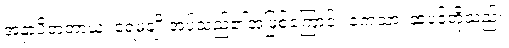
အနှာပိတတာယ၊ ရေမချိုးအပ်သည်၏အဖြစ်ကြောင့်။ ကေသာ၊ ဆံပင်တို့သည်။